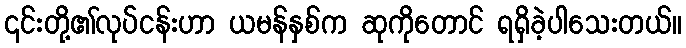
၎င်းတို့၏လုပ်ငန်းဟာ ယမန်နှစ်က ဆုကိုတောင် ရရှိခဲ့ပါသေးတယ်။